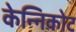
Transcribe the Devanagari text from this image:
केन्निकोट